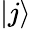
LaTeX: \lvert j\rangle